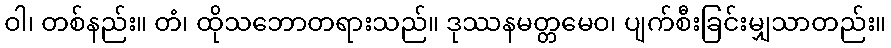
ဝါ၊ တစ်နည်း။ တံ၊ ထိုသဘောတရားသည်။ ဒုဿနမတ္တမေဝ၊ ပျက်စီးခြင်းမျှသာတည်း။